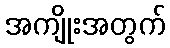
အကျိုးအတွက်